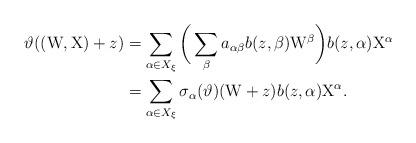
LaTeX: \begin{align*}\vartheta((\mathrm{W},\mathrm{X})+z)&=\sum_{\alpha\in X_\xi}\bigg(\sum_\beta a_{\alpha\beta} b(z,\beta)\mathrm{W}^{\beta}\bigg)b(z,\alpha)\mathrm{X}^\alpha\\&=\sum_{\alpha\in X_\xi} \sigma_\alpha(\vartheta)(\mathrm{W}+z)b(z,\alpha)\mathrm{X}^\alpha. \end{align*}